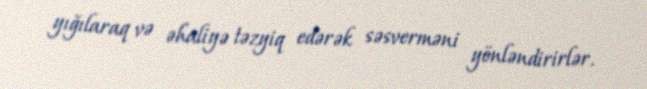
yığılaraq və əhaliyə təzyiq edərək səsverməni yönləndirirlər.